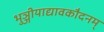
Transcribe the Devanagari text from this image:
भुञ्जीयाद्यावकौदनम्